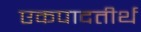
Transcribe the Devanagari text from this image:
एकपादतीर्थ